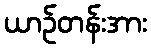
ယာဉ်တန်းအား